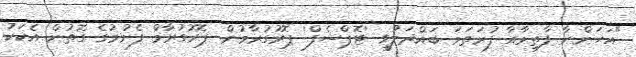
"އަހަންނާ ފާތިމާއާ ފުރަތަމަ ބައްދަލުވީ 'ޓޮޕްޝެފް' ޕޮރުގުރާމުން. ޕޮރުގުރާމް ފެށުމުގެ ގޮތުން އެކަކު